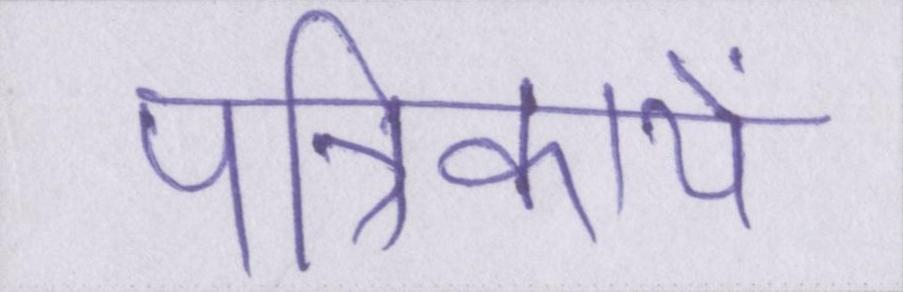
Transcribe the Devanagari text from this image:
पत्रिकायें